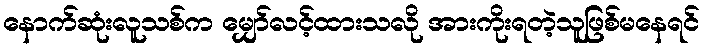
နောက်ဆုံးလူသစ်က မျှော်လင့်ထားသလို အားကိုးရတဲ့သူဖြစ်မနေရင်